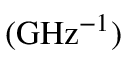
\boldsymbol { ( \mathrm { { G H z ^ { - 1 } } ) } }